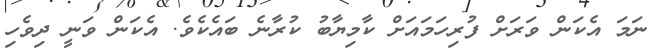
ނަމަ އެކަން ވަރަށް ފުރިހަމައަށް ކާމިޔާބު ކުރާނެ ބައެކެވެ. އެކަން ވަނީ ދިވެހި